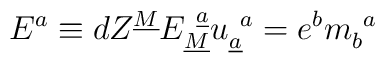
E^a \equiv dZ^{\underline{M}} E_{\underline{M}}^{~\underline{a}}u_{\underline{a}}^{~a}= e^b m_b^{~a}   \qquad